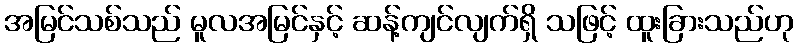
အမြင်သစ်သည် မူလအမြင်နှင့် ဆန့်ကျင်လျက်ရှိ သဖြင့် ထူးခြားသည်ဟု